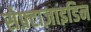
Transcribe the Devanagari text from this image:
सेफ़्टाज़ाइडिन